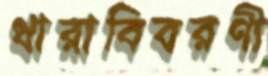
ধারাবিবরণী